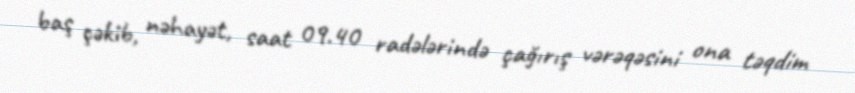
baş çəkib, nəhayət, saat 09.40 radələrində çağırış vərəqəsini ona təqdim